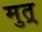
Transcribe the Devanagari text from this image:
मुत्र्